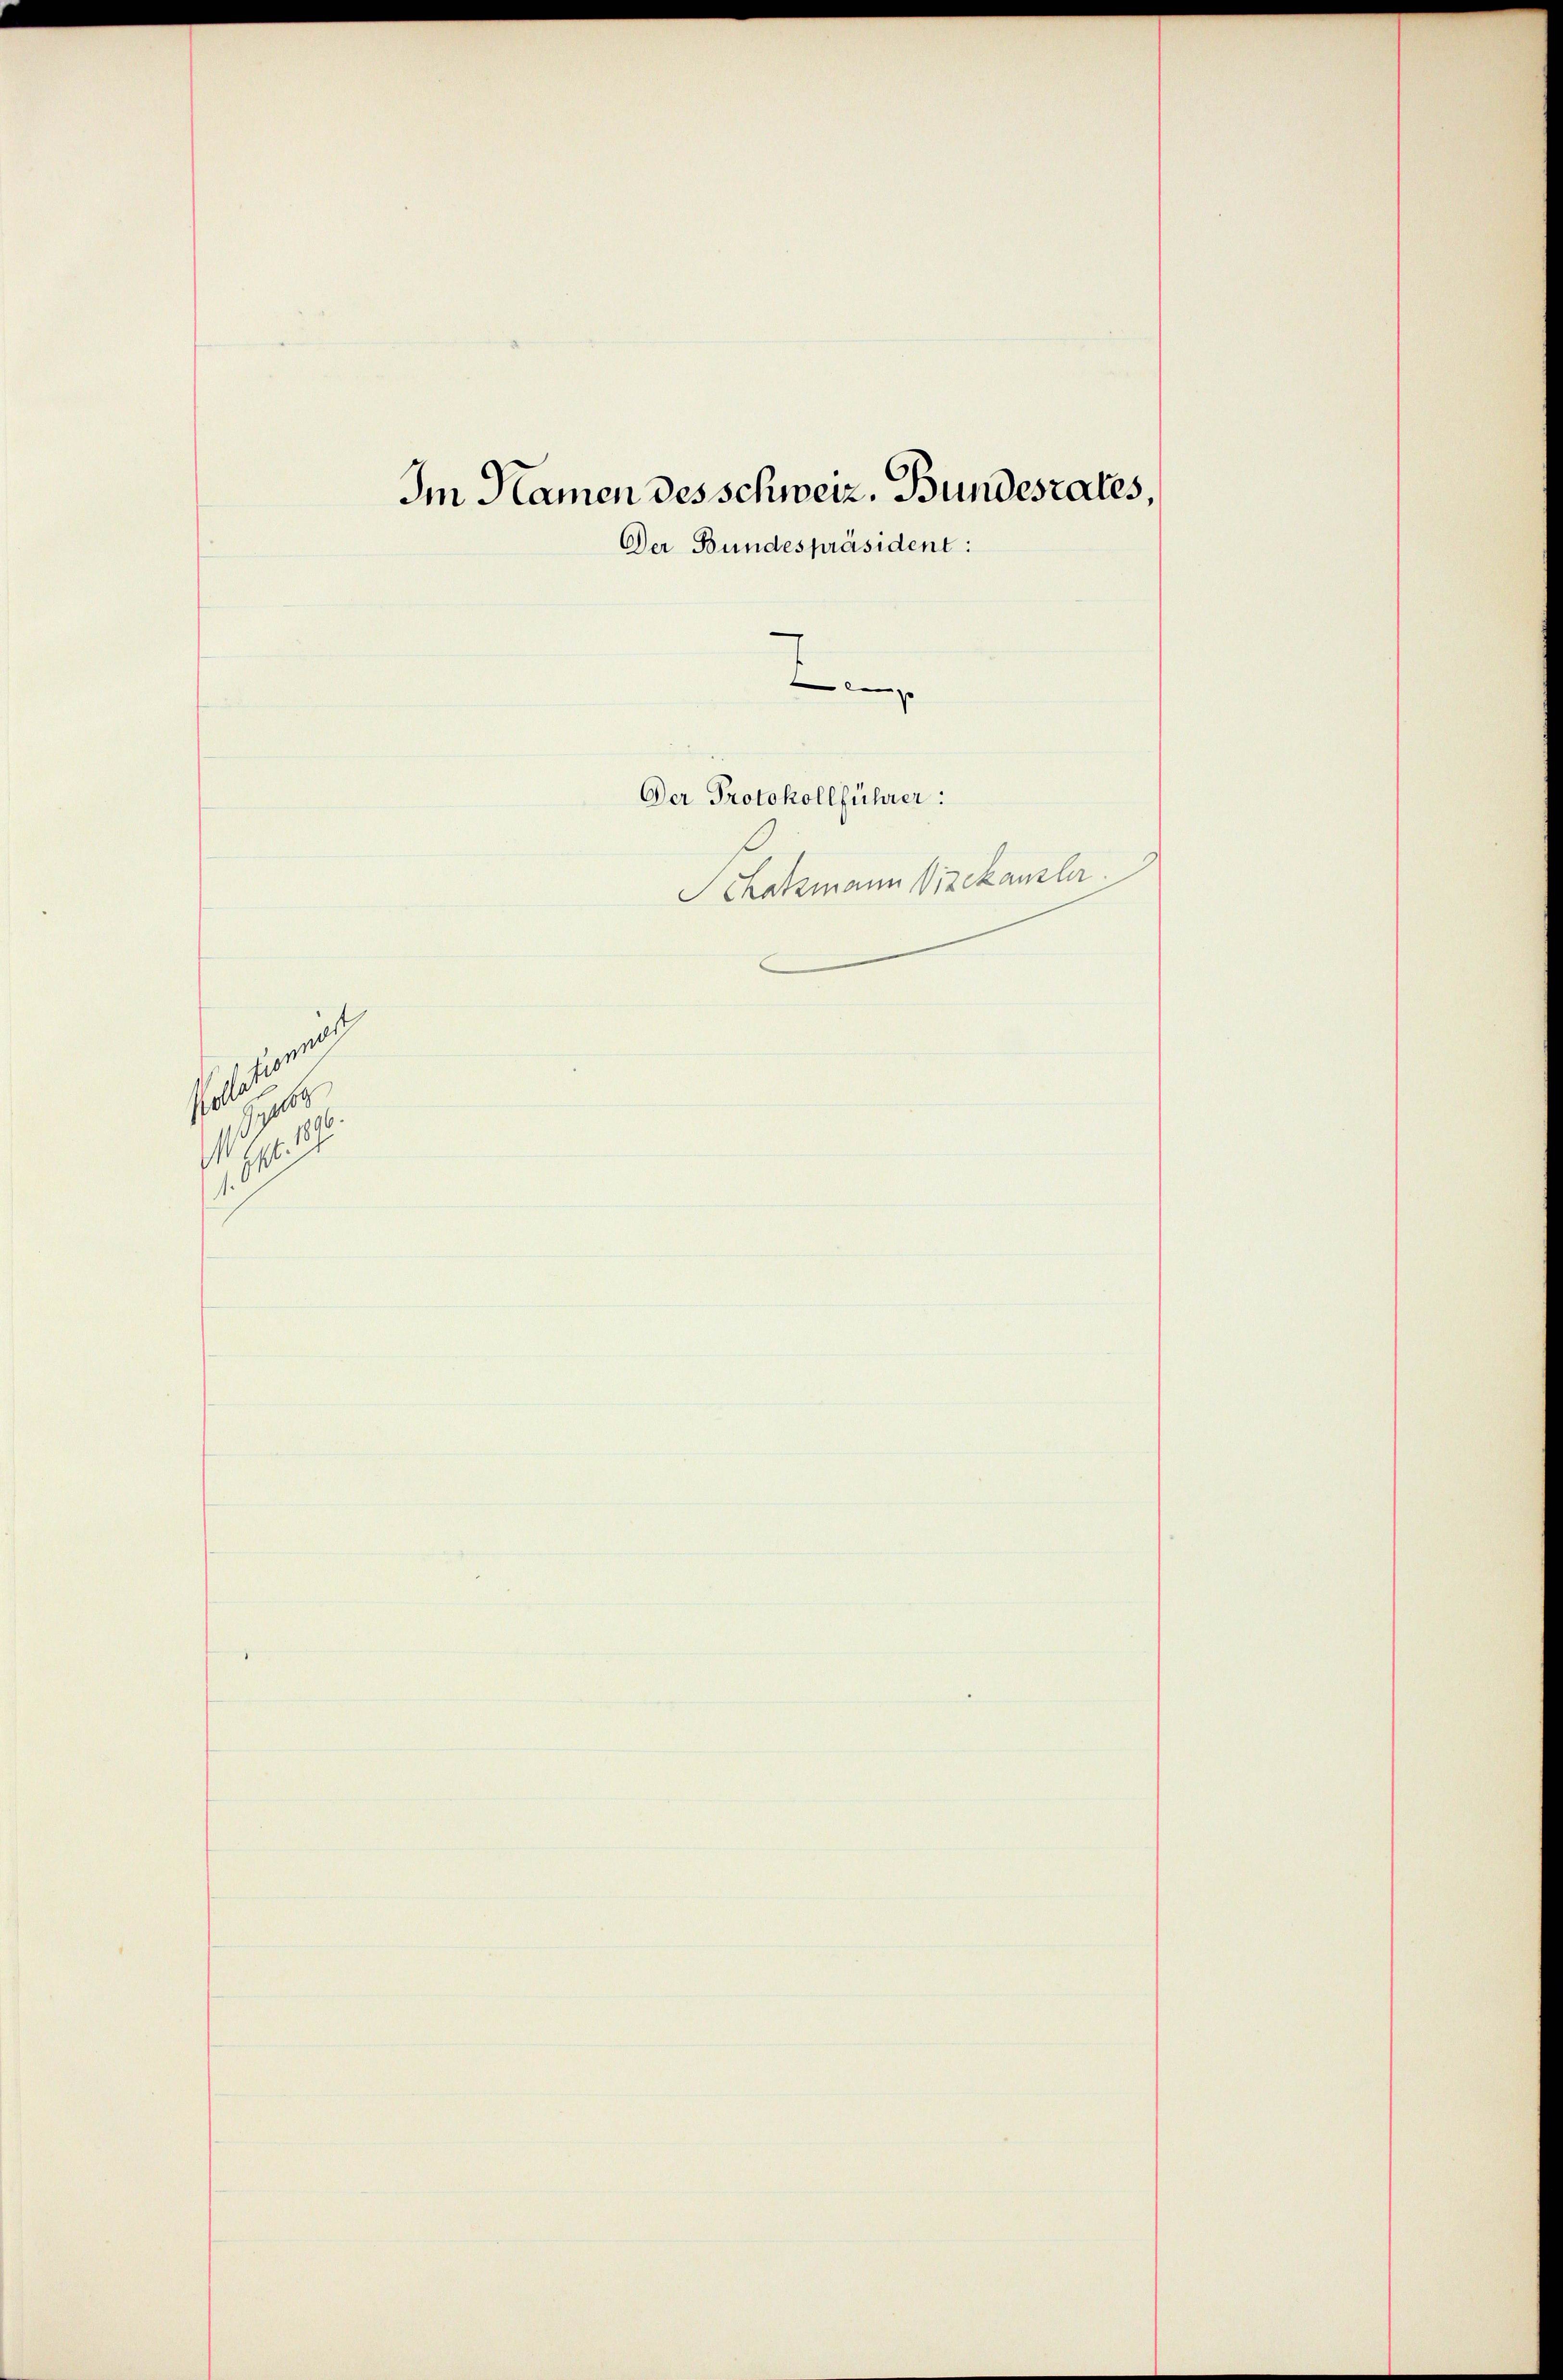
1
o
191. 4
1

Im Namen des schweiz. Bundesrates,
Der Bundespräsident:
f
Der Protokollführer:
Schatzmann Vizekanzler